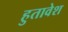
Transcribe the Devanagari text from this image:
हुतावेश